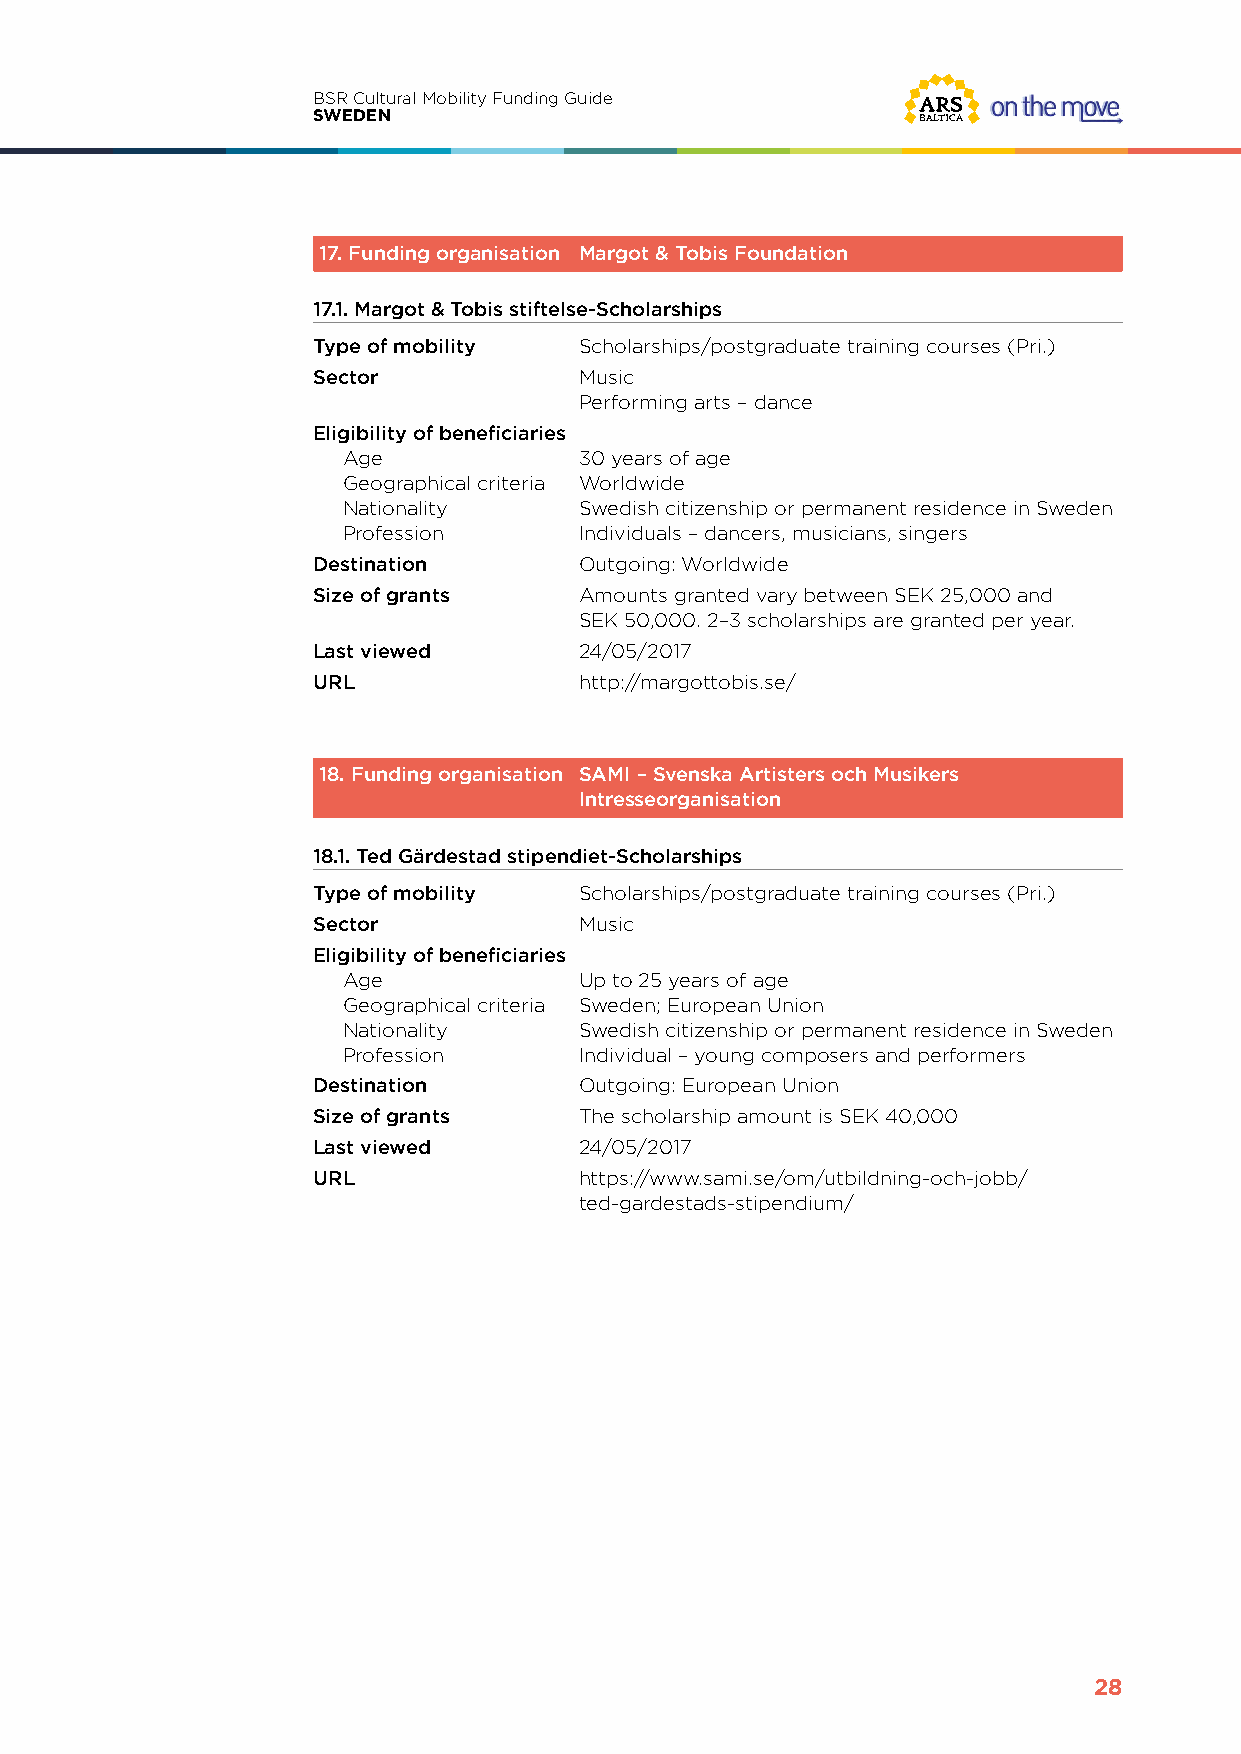
BSR Cultural Mobility Funding Guide
 SWEDEN
 17. Funding organisation Margot & Tobis Foundation
 17.1. Margot & Tobis stiftelse-Scholarships
 Type of mobility Scholarships/postgraduate training courses (Pri.)
 Sector           Music
 Performing arts – dance
 Eligibility of beneficiaries
 Age            30 years of age
 Geographical criteria Worldwide
 Nationality    Swedish citizenship or permanent residence in Sweden
 Profession     Individuals – dancers, musicians, singers
 Destination      Outgoing: Worldwide
 Size of grants   Amounts granted vary between SEK 25,000 and
 SEK 50,000. 2–3 scholarships are granted per year.
 Last viewed      24/05/2017
 URL              http://margottobis.se/
 18. Funding organisation SAMI – Svenska Artisters och Musikers
 Intresseorganisation
 18.1. Ted Gärdestad stipendiet-Scholarships
 Type of mobility Scholarships/postgraduate training courses (Pri.)
 Sector           Music
 Eligibility of beneficiaries
 Age            Up to 25 years of age
 Geographical criteria Sweden; European Union
 Nationality    Swedish citizenship or permanent residence in Sweden
 Profession     Individual – young composers and performers
 Destination      Outgoing: European Union
 Size of grants   The scholarship amount is SEK 40,000
 Last viewed      24/05/2017
 URL              https://www.sami.se/om/utbildning-och-jobb/
 ted-gardestads-stipendium/
 28